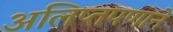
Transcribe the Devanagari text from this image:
अलिप्तपणाने